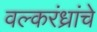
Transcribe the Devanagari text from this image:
वल्करंध्रांचे